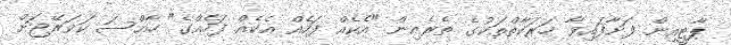
ޕާޓީއިން ފަށާފައިވާ ހަރަކާތްތަކުގެ ތެރެއިން "އެކެއް ފަހެއް އެކެއް ފަހެއްގެ" ހާއްސަ ކަވަރޭޖަށް